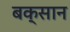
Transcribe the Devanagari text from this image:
बक्सान